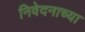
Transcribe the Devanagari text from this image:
निवेदनाच्या